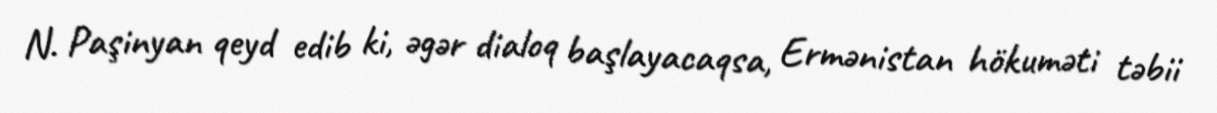
N. Paşinyan qeyd edib ki, əgər dialoq başlayacaqsa, Ermənistan hökuməti təbii